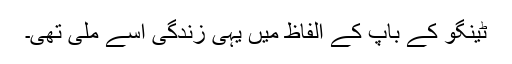
ٹینگو کے باپ کے الفاظ میں یہی زندگی اسے ملی تھی۔